King Institute of Preventive Medicine Micro-Biological Section reports 1909-11
Year: 1909
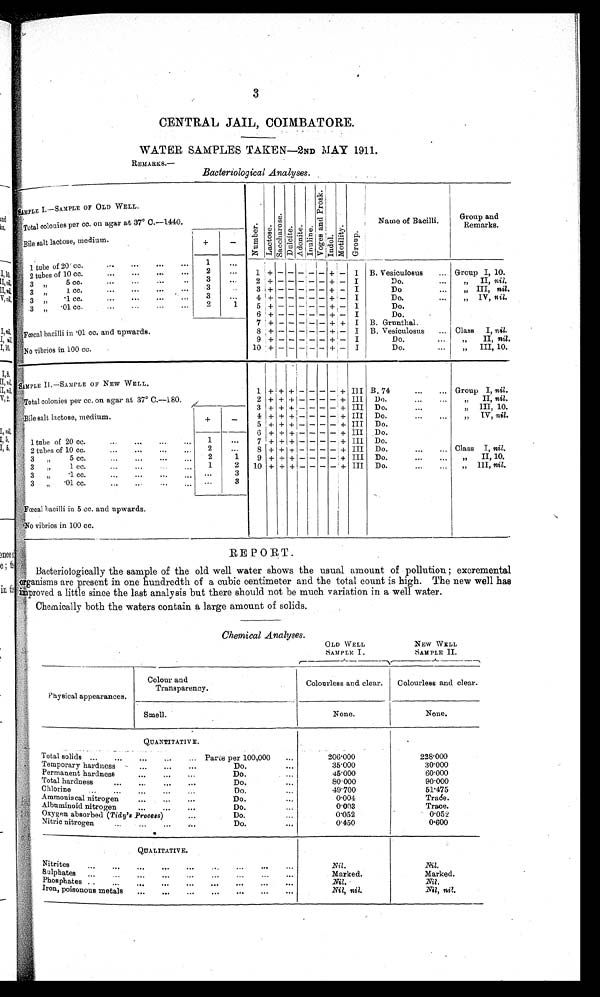
3
CENTRAL JAIL, COIMBATORE.
WATER SAMPLES TAKEN—2ND MAY 1911.
REMARKS.
Bacteriological Analyses.
SAMPLE I.—SAMPLE OF OLD WELL.
N u m b e r . L a c t o s e .
Sacchar os e. D u l c i t e . A d o n i t e .
Inuline. V o g e s a n d P r o s k . I n d o l .
Mot i l i t y.Group.
Name of Bacilli.
Group and
Remarks.
Total colonies per cc. on agar at 37° C.—1440.
Bile salt lactose, medium.
+ −
1 tube of 20 cc.
1
2 tubes of 10 cc.
2
1 + − − − − − + −
I
B. Vesiculosus
Group I, 10 .
3 ,, 5 cc.
3
2 + − − − − − + −
I
Do.
,, II, nil.
3 ,, 1 cc.
3
3 + − − − − − + −
I
Do.
,, III, nil.
3 „ .1 cc.
3
4 + − − − − − + −
I
Do.
,, IV, nil.
3 „ .01 cc.
2
1
5 + − − − − − + −
I
Do.
Fœc a l ba c i l l i i n • 01 c c . a nd upwa r ds .
6 + − − − − − + −
I
Do.
7 + − − − − − + +
I
B. Grunthal.
8 + − − − − − + −
I
B. Vesiculosus. Class I, nil.
9 + − − − − − + −
I
Do.
„ II, nil.
No vibrios in 100 cc.
10 +
− − − − − + −
I
Do.
,, III, 10.
SAMPLE II.—SAMPLE OF NEW WELL
.
Total colonies per cc. on agar at 37° C.—180.
1
+ + + − − − − + III
B. 74
Group I, nil .
2 + + + − − − − + III
Do.
,, II, nil.
3
+ + + − − − − + III
Do.
,, III, 10.
Bile salt lactose, medium.
+
−
4 + + + − − − − + III
Do.
,, IV, nil.
5 + + + − − − − + III
Do.
6 + + + − − − − + III
Do.
1 tube of 20 cc.
1
7 + + + − − − − + III
Do.
2 tubes of 10 cc.
2
8 + + + − − − − + III
Do.
Class I, nil.
3 ,, 5 cc.
2
1
9
+ + + − − − − + III
Do.
,, II, 10.
3 „ 1 cc.
1
2
10 + + + − − − − + III
Do.
„ III, nil.
3,, .1 cc.
3
3 ,, .01 cc.
3
Fœcal bacilli in 5 cc. and upwards.
No vibrios in 100 cc.
REPORT.
Bacteriologically the sample of the old well water shows the usual amount of pollution , excremental
organisms are present in one hundredth of a cubic centimeter and the total count is high. The new well has
improved a little since the last analysis but there should not be much variation in a well water.
Chemically both the waters contain a large amount of solids.
Chemical Analyses.
OLD WELL
SAMPLE I
NEW WELL
SAMPLE II.
Physical appearances.
Colour and
Transparency.
Colourless and clear.
Colourless and clear.
Smell.
None.
None.
QUANTITATIVE.
Total solids
Parts per 100,000
206.000
228.000
Temporary hardness
Do.
35.000
30.000
Permanent hardness
Do.
45.000
60.000
Total hardness
Do.
80.000
90.000
Chlorine
Do.
49.700
51.475
Ammoniacal nitrogen
Do.
0.004
Trace.
Albuminoid nitrogen
Do.
0.003
Trace.
Oxygen absorbed (Tidy's Process)
Do.
0.052
0.05 2
Nitric nitrogen
Do.
0.450
0.600
QUALITATIVE.
Nitrites
Nil.
Nil.
Sulphates
Marked.
Marked.
Phosphates
Nil.
Nil.
Iron, poisonous metals
Nil , nil.
Nil, nil.